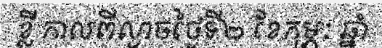
ខ្លី កាលពីល្ងាចថ្ងៃទី២ ខែកុម្ភៈ ឆ្នាំ